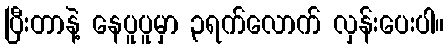
ပြီးတာနဲ့ နေပူပူမှာ ၃ရက်လောက် လှန်းပေးပါ။